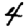
Digit: 4